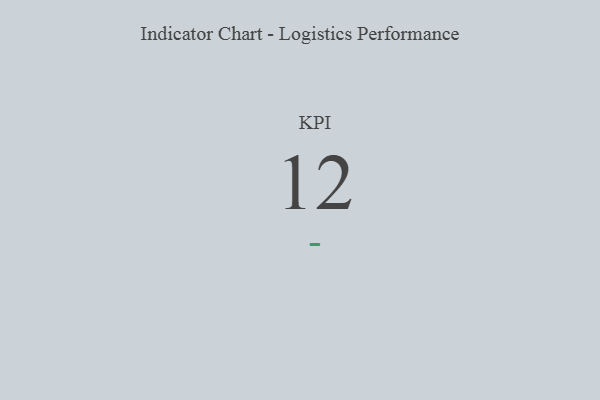
{"axis": {"x": "KPI", "y": "Value"}, "legend": [""], "data": [{"x": "KPI", "y": 12, "type": ""}]}